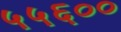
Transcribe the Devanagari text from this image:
५५६००